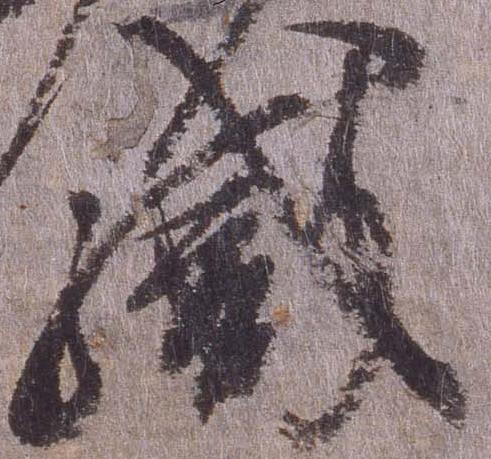
職